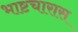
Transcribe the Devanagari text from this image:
भाष्टचारास